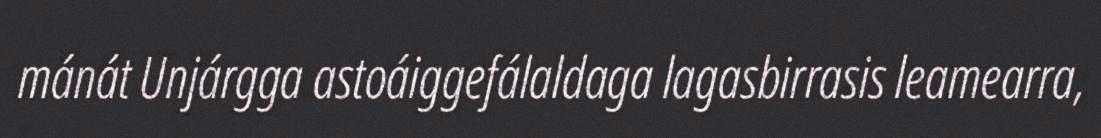
mánát Unjárgga astoáiggefálaldaga lagasbirrasis leamearra,